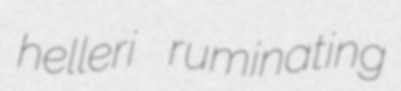
helleri ruminating